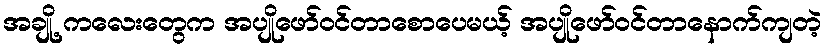
အချို့ ကလေးတွေက အပျိုဖော်ဝင်တာစောပေမယ့် အပျိုဖော်ဝင်တာနောက်ကျတဲ့